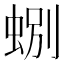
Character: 𫊽